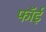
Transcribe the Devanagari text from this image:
फॉई